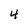
Character: 4